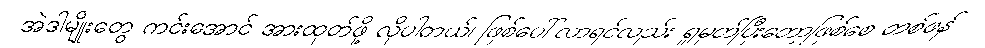
အဲဒါမျိုးတွေ ကင်းအောင် အားထုတ်ဖို့ လိုပါတယ်၊ ဖြစ်ပေါ်လာရင်လည်း ရှုမှတ်ပြီးတော့ဖြစ်စေ တစ်ဖန်